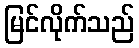
မြင်လိုက်သည်